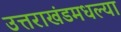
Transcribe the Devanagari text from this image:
उत्तराखंडमधल्या